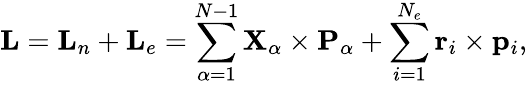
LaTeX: {\mathbf{L}}={\mathbf{L}}_{n}+{\mathbf{L}}_{e}=\sum_{\alpha=1}^{N-1}{\mathbf{X}}_{\alpha}\times{\mathbf{P}}_{\alpha}+\sum_{i=1}^{N_{e}}{\mathbf{r}}_{i}\times{\mathbf{p}}_{i},